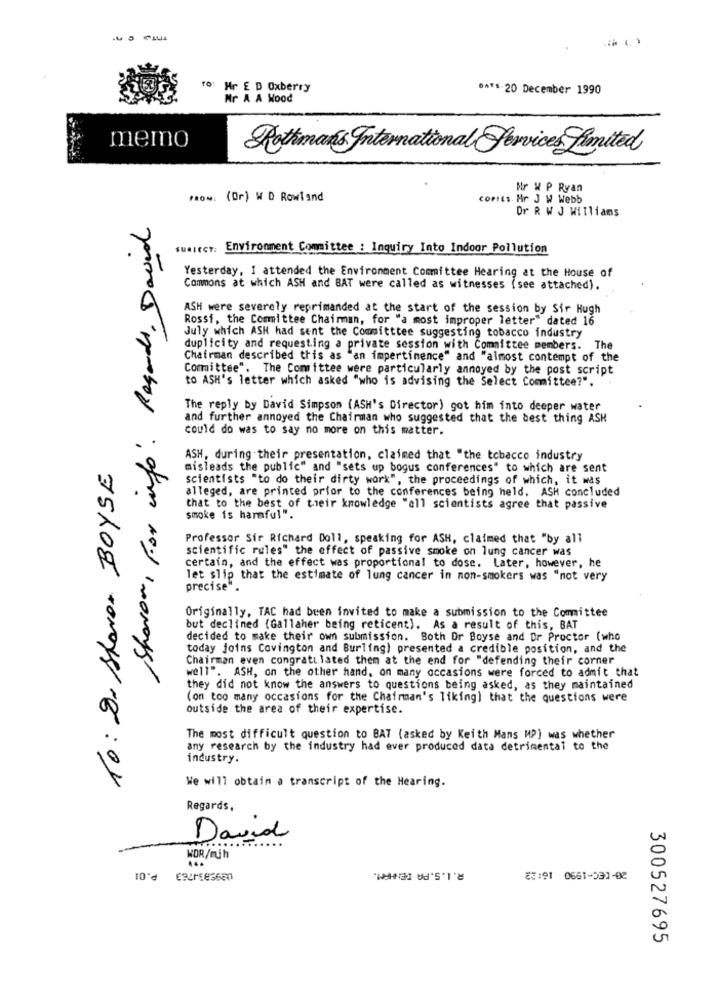
TO:
Hr E D Oxberry
**** 20 December 1990
Mr A A Wood
memo
Rothmans International Services Limited
Mr W P Ryan
FROM: (Or) W D Rowland
comEs. Mr J W Webb
Dr R W J Williams
Sharon , for info . Regards , David
sumiecr: Environment Committee : Inquiry Into Indoor Pollution
Yesterday, I attended the Environment Committee Hearing at the House of
Commons at which ASH and BAT were called as witnesses (see attached).
ASH were severely reprimanded at the start of the session by Sir Hugh
Rossi, the Committee Chairman, for "a most improper letter" dated 16
July which ASH had sent the Committtee suggesting tobacco industry
duplicity and requesting a private session with Committee members. The
Chairman described this as "an impertinence" and "almost contempt of the
Committee". The Comittee were particularly annoyed by the post script
to ASH's letter which asked "who is advising the Select Committee?".
The reply by David Simpson (ASH's Director) got him into deeper water
and further annoyed the Chairman who suggested that the best thing ASH
could do was to say no more on this matter.
10: 2 Shaver BOYSE
ASH, during their presentation, claimed that "the tobacco industry
misleads the public" and "sets up bogus conferences" to which are sent
scientists "to do their dirty work", the proceedings of which, it was
alleged, are printed prior to the conferences being held. ASH concluded
that to the best of their knowledge "all scientists agree that passive
smoke is harmful".
Professor Sir Richard Doll, speaking for ASH, claimed that "by all
scientific rules" the effect of passive smoke on lung cancer was
certain, and the effect was proportional to dose. Later, however, he
let slip that the estimate of lung cancer in non-smokers was "not very
precise".
Originally, TAC had been invited to make a submission to the Committee
but declined (Gallaher being reticent). As a result of this, BAT
decided to make their own submission. Both Or Boyse and Or Proctor (who
today joins Covington and Burling) presented a credible position, and the
Chairman even congratulated them at the end for "defending their corner
well". ASH, on the other hand, on many occasions were forced to admit that
they did not know the answers to questions being asked, as they maintained
(on too many occasions for the Chairman's liking) that the questions were
outside the area of their expertise.
The most difficult question to BAT (asked by Keith Mans MP) was whether
any research by the industry had ever produced data detrimental to the
industry.
We will obtain a transcript of the Hearing.
Regards,
David
WDR/mjh
R. I.S.PA TENHEM.
10℃ EBre360
8:91 0661-031-02
300527695